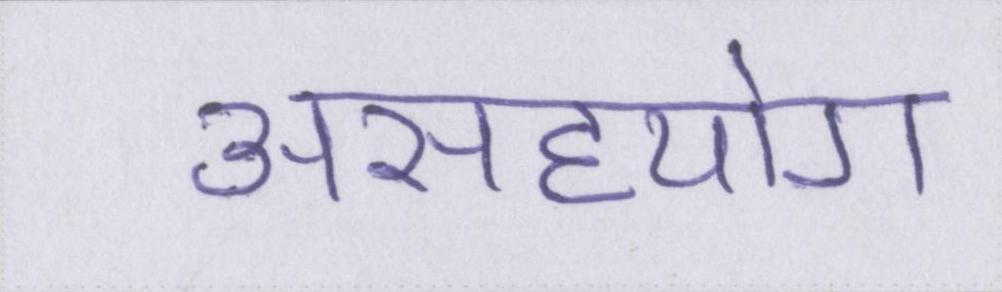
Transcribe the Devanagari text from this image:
असहयोग